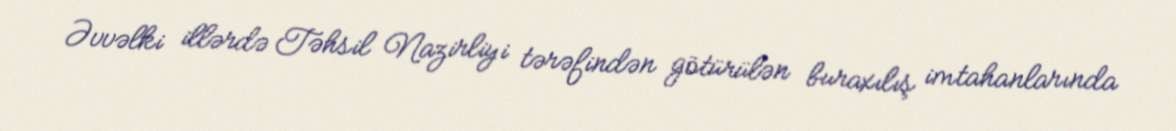
Əvvəlki illərdə Təhsil Nazirliyi tərəfindən götürülən buraxılış imtahanlarında